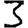
Digit: 3